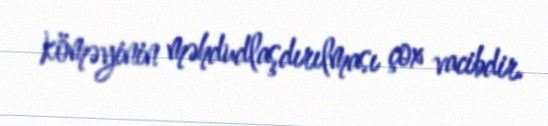
köməyinin məhdudlaşdırılması çox vacibdir.